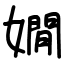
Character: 嫺